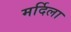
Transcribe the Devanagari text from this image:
मर्दिला